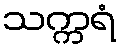
သက္ကရံ